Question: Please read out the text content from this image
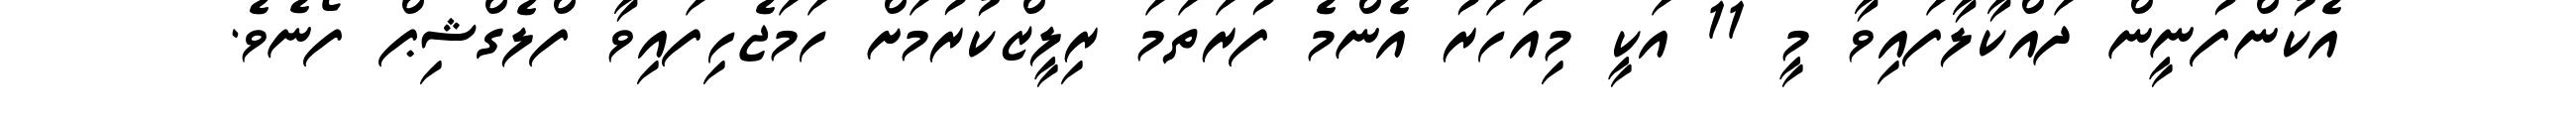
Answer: އެކުންފުނީން ދައްކާލާފައިވާ މީ 11 އަކީ މިއަހަރު އެންމެ ފުރަތަމަ ރިލީޒްކުރުމަށް ހަމަޖެހިފައިވާ ފްލެގްޝިޕް ފޯނެވެ.